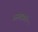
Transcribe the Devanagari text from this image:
वस्तर्‍याने